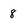
Character: 8